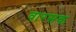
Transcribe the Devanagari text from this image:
वारसक